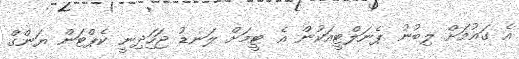
އެ ގައުމަށް ލިބުނު ޕެނަލްޓީއަކުން އެ ޓީމަށް ލަނޑު ޖަހަިދިނީ ކެޕްޓަން ޔަންގް